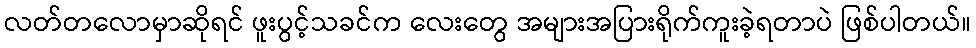
လတ်တလောမှာဆိုရင် ဖူးပွင့်သခင်က လေးတွေ အများအပြားရိုက်ကူးခဲ့ရတာပဲ ဖြစ်ပါတယ်။